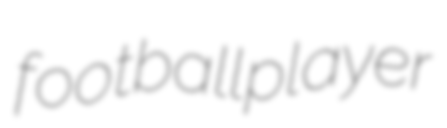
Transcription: football player